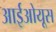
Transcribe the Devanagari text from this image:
आईओयूस